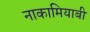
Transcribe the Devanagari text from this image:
नाकामियाबी